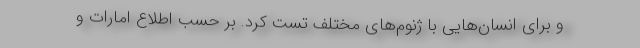
و برای انسان‌هایی با ژنوم‌های مختلف تست کرد. بر حسب اطلاع امارات و